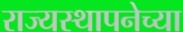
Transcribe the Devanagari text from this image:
राज्‍यस्‍थापनेच्या